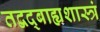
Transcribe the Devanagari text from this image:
तद्वद्बाह्यशास्त्रं